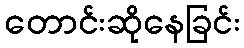
တောင်းဆိုနေခြင်း